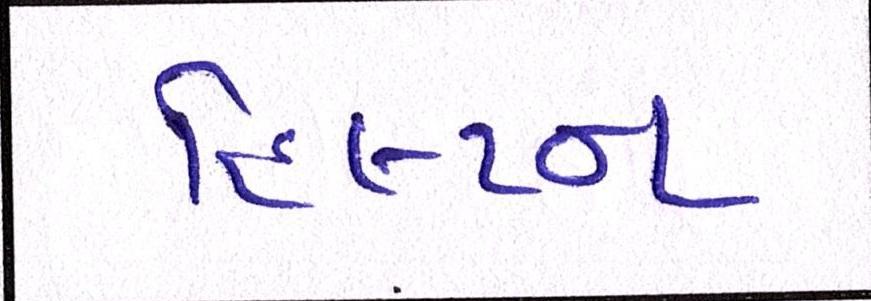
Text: હિલ્ટન